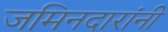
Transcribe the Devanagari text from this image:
जमिनदारांनी